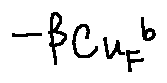
- \beta _ { C u _ { F } } b